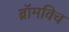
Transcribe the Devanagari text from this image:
ब्रॉमविच